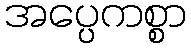
အပ္ပေကစ္စာ